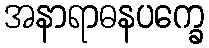
အနာရာဓနပက္ခေ